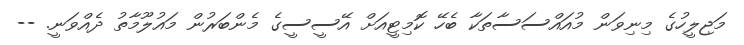
މަޖިލީހުގެ މިނިވަން މުއައްސަސާތަކާ ބެހޭ ކޮމިޓީއަށް އޭސީސީގެ މެންބަރުން މައުލޫމާތު ދެއްވަނީ. --